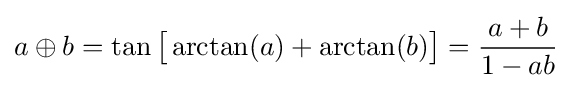
a\oplus b=\tan {\bigl [}\arctan(a)+\arctan(b){\bigr ]}={\frac {a+b}{1-ab}}